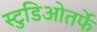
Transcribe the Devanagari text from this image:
स्टुडिओतर्फे